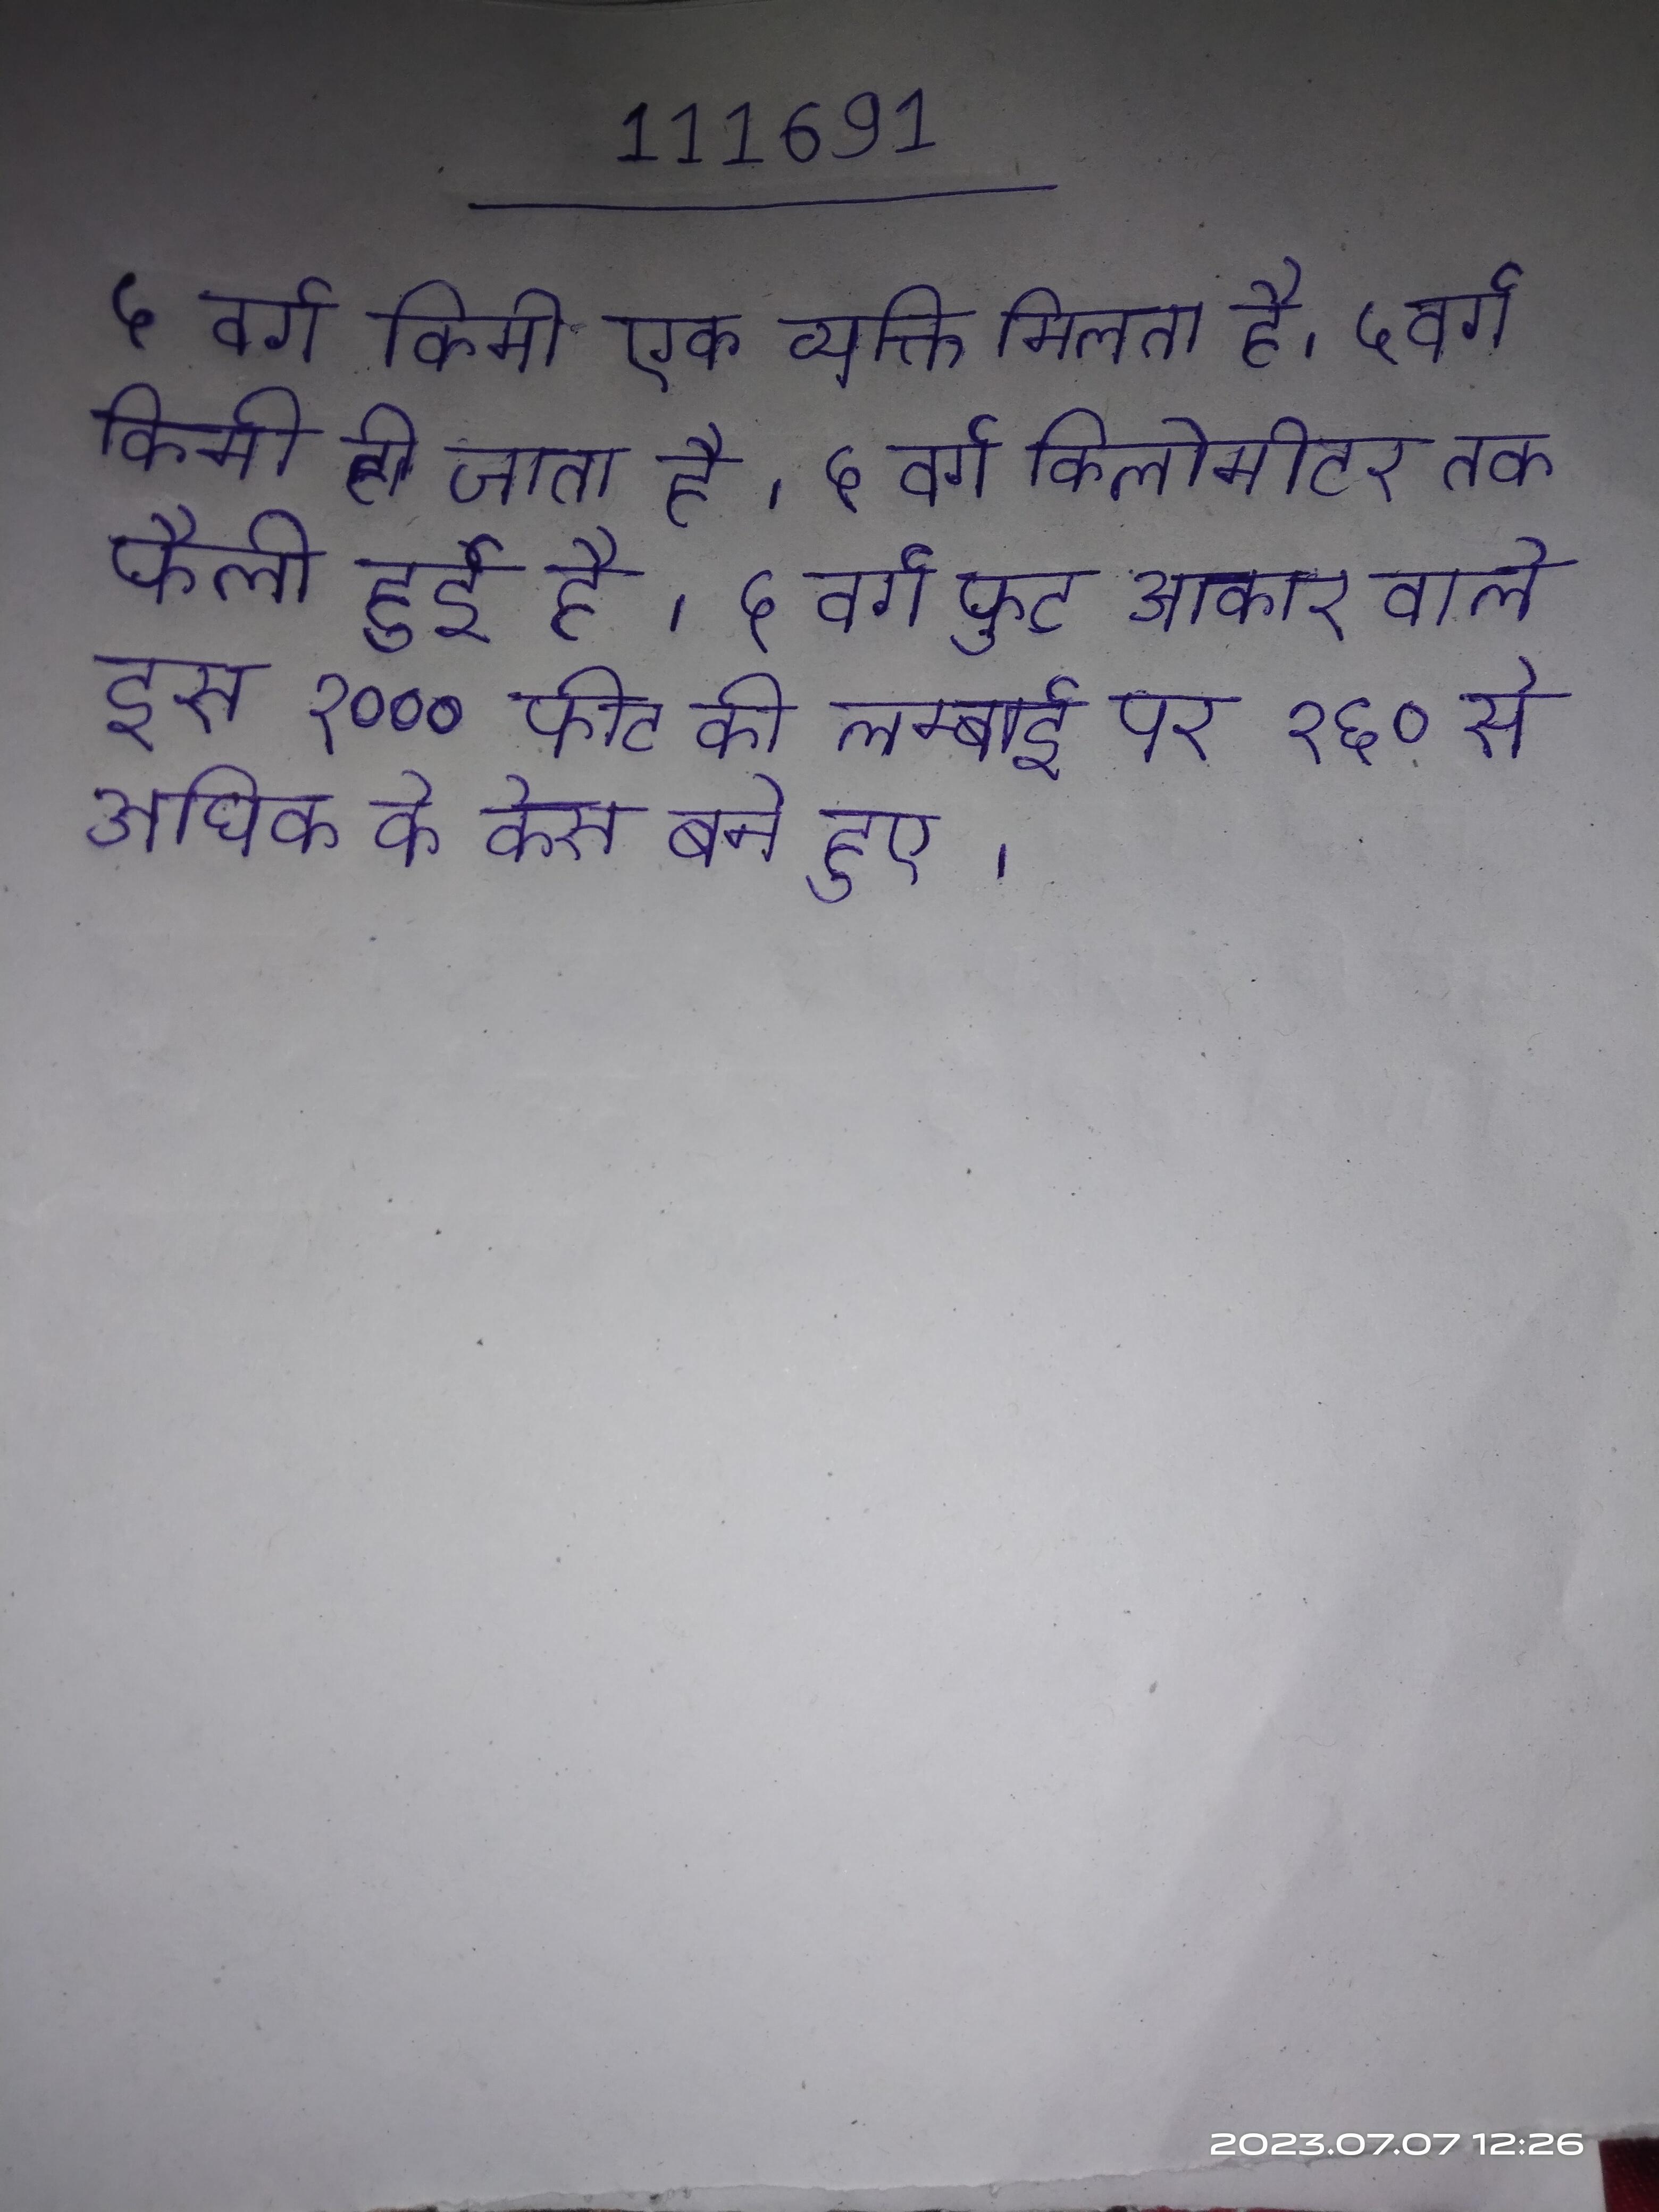
५ वर्ग किमी एक व्यक्ति मिलता है । ५ वर्ग किमी हो जाता है । ५ वर्ग किलोमीटर तक फैली हुई है । ५ वर्ग फुट आकार वाले इस १००० फीट की लम्बाई पर १६० से अधिक के केस बने हुए ।